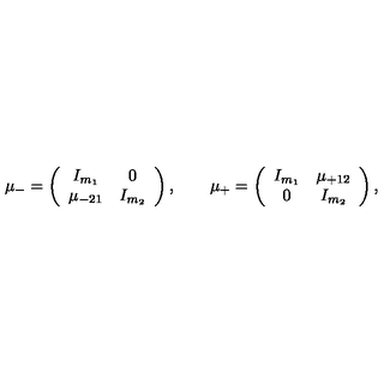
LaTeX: \mu _ { - } = \left( \begin{array} { c c } { I _ { m _ { 1 } } } & { 0 } \\ { \mu _ { - 2 1 } } & { I _ { m _ { 2 } } } \\ \end{array} \right) , \qquad \mu _ { + } = \left( \begin{array} { c c } { I _ { m _ { 1 } } } & { \mu _ { + 1 2 } } \\ { 0 } & { I _ { m _ { 2 } } } \\ \end{array} \right) ,